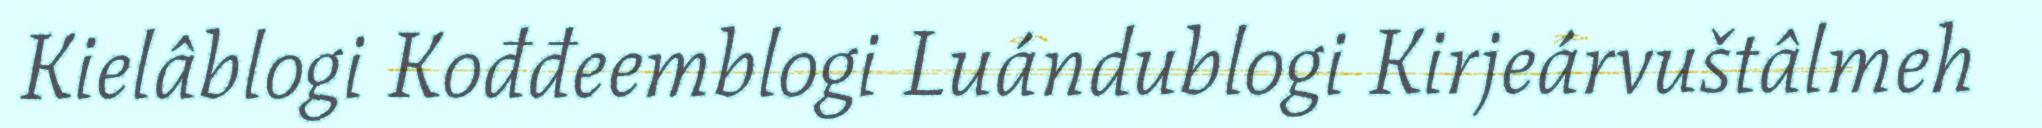
Kielâblogi Kođđeemblogi Luándublogi Kirjeárvuštâlmeh